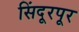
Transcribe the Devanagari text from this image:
सिंदूरपूर